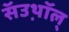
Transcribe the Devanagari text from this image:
सॅउथ़ॉल्